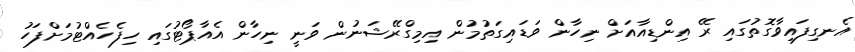
އެނގިފައިވާގޮތުގައި ރޭ އިންޑިއާއަށް ނިހާން ވަޑައިގަތުމުން އިމިގްރޭޝަނުން ވަނީ ނިހާން އެއާޕޯޓުގައި ހިފެހެއްޓުމަށްފަހު